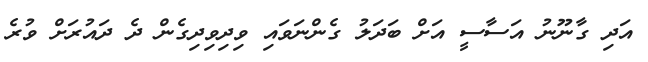
އަދި ގާނޫނު އަސާސީ އަށް ބަދަލު ގެންނަވައި ވިދިވިދިގެން ދެ ދައުރަށް ވުރެ